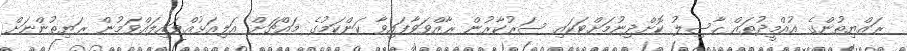
ރައްޔިތުންގެ އުއްމީދުތައް ހާސިލު ކޮށްދިނުމަށްޓަކައި ސަރުކާރުން ރާއްވަވާފައިވާ ކަންކަމުގެ މައްޗަށް އަލިއަޅުއްވައިލައްވަމުން ރަޔިތުންނަށް